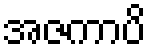
အဇကာပိ